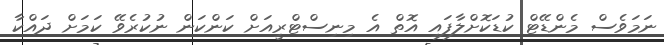
ނަމަވެސް މެންޑޭޓް ކުޑަކޮށްލާފައި އޮތް އެ މިނިސްޓްރީއަށް ކަންކަން ނުކުރެވޭ ކަމަށް ދައްކާ